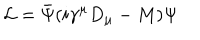
LaTeX: \mathcal { L } = \bar { \Psi } ( i \gamma ^ { \mu } D _ { \mu } - M ) \Psi